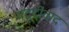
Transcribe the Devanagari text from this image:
यदूदीवाद